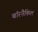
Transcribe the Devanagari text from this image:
बॉरनैकिल